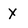
Character: x